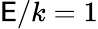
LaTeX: \mathsf{E}/k=1